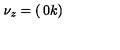
\nu _ { z } = \left( \begin{matrix} { 0 } \\ { k } \\ \end{matrix} \right)